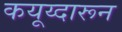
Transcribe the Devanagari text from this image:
कयूय्दारून